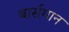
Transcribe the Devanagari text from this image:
बार्सगान